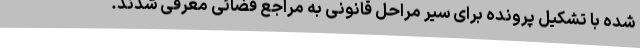
شده با تشکیل پرونده برای سیر مراحل قانونی به مراجع قضائی معرفی شدند.